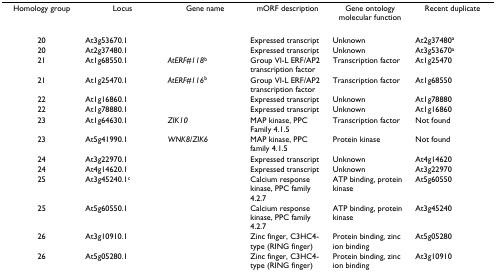
<table><thead><tr><td><b>Homology group</b></td><td><b>Locus</b></td><td><b>Gene name</b></td><td><b>mORF description</b></td><td><b>Gene ontology molecular function</b></td><td><b>Recent duplicate</b></td></tr></thead><tbody><tr><td>20</td><td>At3g53670.1</td><td>[EMPTY_CELL]</td><td>Expressed transcript</td><td>Unknown</td><td>At2g37480<sup>a</sup></td></tr><tr><td>20</td><td>At2g37480.1</td><td>[EMPTY_CELL]</td><td>Expressed transcript</td><td>Unknown</td><td>At3g53670<sup>a</sup></td></tr><tr><td>21</td><td>At1g68550.1</td><td><i>AtERF#118</i><sup>b</sup></td><td>Group VI-L ERF/AP2 transcription factor</td><td>Transcription factor</td><td>At1g25470</td></tr><tr><td>21</td><td>At1g25470.1</td><td><i>AtERF#116</i><sup>b</sup></td><td>Group VI-L ERF/AP2 transcription factor</td><td>Transcription factor</td><td>At1g68550</td></tr><tr><td>22</td><td>At1g16860.1</td><td>[EMPTY_CELL]</td><td>Expressed transcript</td><td>Unknown</td><td>At1g78880</td></tr><tr><td>22</td><td>At1g78880.1</td><td>[EMPTY_CELL]</td><td>Expressed transcript</td><td>Unknown</td><td>At1g16860</td></tr><tr><td>23</td><td>At1g64630.1</td><td><i>ZIK10</i></td><td>MAP kinase, PPC Family 4.1.5</td><td>Transcription factor</td><td>Not found</td></tr><tr><td>23</td><td>At5g41990.1</td><td><i>WNK8</i>/<i>ZIK6</i></td><td>MAP kinase, PPC family 4.1.5</td><td>Protein kinase</td><td>Not found</td></tr><tr><td>24</td><td>At3g22970.1</td><td>[EMPTY_CELL]</td><td>Expressed transcript</td><td>Unknown</td><td>At4g14620</td></tr><tr><td>24</td><td>At4g14620.1</td><td>[EMPTY_CELL]</td><td>Expressed transcript</td><td>Unknown</td><td>At3g22970</td></tr><tr><td>25</td><td>At3g45240.1<sup>c</sup></td><td>[EMPTY_CELL]</td><td>Calcium response kinase, PPC family 4.2.7</td><td>ATP binding, protein kinase</td><td>At5g60550</td></tr><tr><td>25</td><td>At5g60550.1</td><td>[EMPTY_CELL]</td><td>Calcium response kinase, PPC family 4.2.7</td><td>ATP binding, protein kinase</td><td>At3g45240</td></tr><tr><td>26</td><td>At3g10910.1</td><td>[EMPTY_CELL]</td><td>Zinc finger, C3HC4-type (RING finger)</td><td>Protein binding, zinc ion binding</td><td>At5g05280</td></tr><tr><td>26</td><td>At5g05280.1</td><td>[EMPTY_CELL]</td><td>Zinc finger, C3HC4-type (RING finger)</td><td>Protein binding, zinc ion binding</td><td>At3g10910</td></tr></tbody></table>